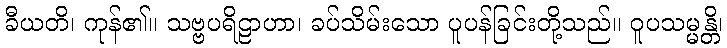
ခီယတိ၊ ကုန်၏။ သဗ္ဗပရိဠာဟာ၊ ခပ်သိမ်းသော ပူပန်ခြင်းတို့သည်။ ဝူပသမ္မန္တိ၊